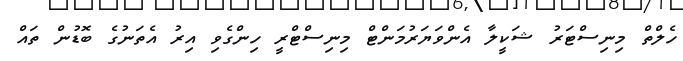
ހެލްތް މިނިސްޓަރު ޝަކީލާ އެންވަޔަރުމަންޓް މިނިސްްޓްރީ ހިންގެވި އިރު އެތަނުގެ ބޮޑުން ތައް